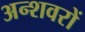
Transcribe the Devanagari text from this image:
अन्शवरों